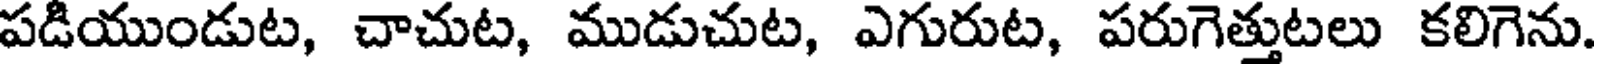
పడియుండుట, చాచుట, ముడుచుట, ఎగురుట, పరుగెత్తుటలు కలిగెను.